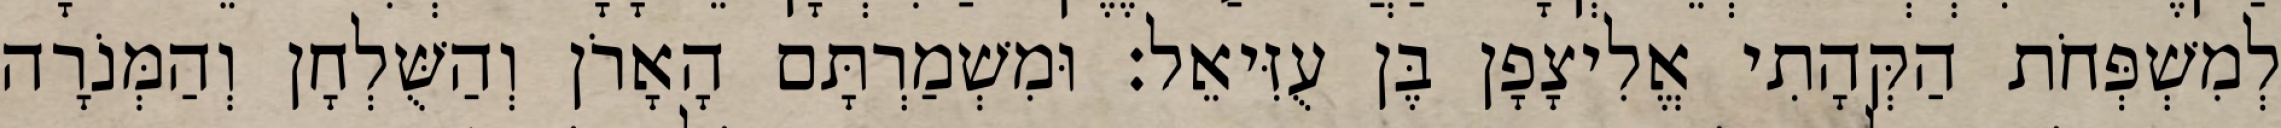
לְמִשְׁפְּחֹת הַקְּהָתִי אֱלִיצָפָן בֶּן עֻזִּיאֵל׃ וּמִשְׁמַרְתָּם הָאָרֹן וְהַשֻּׁלְחָן וְהַמְּנֹרָה